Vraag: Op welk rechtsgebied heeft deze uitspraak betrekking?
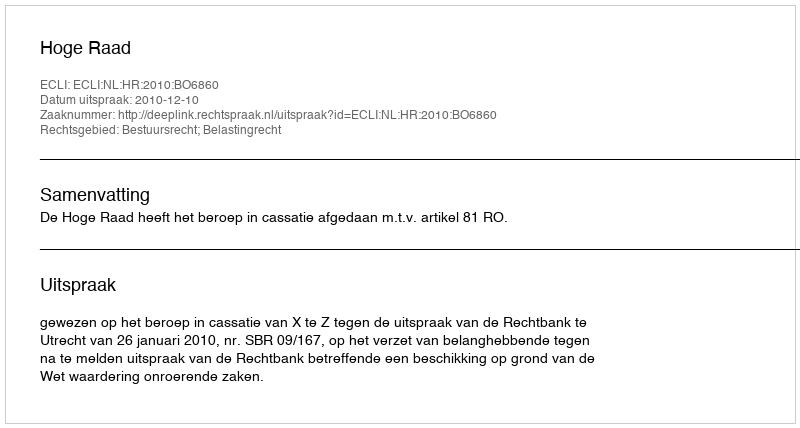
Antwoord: Bestuursrecht; Belastingrecht